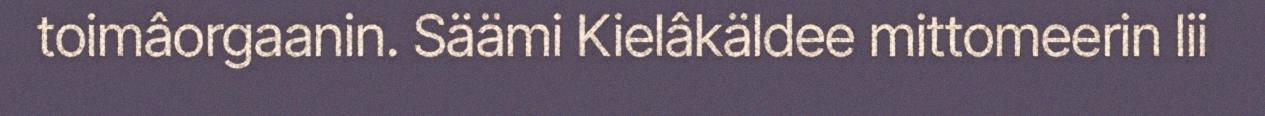
toimâorgaanin. Säämi Kielâkäldee mittomeerin lii